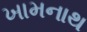
ખામનાથ